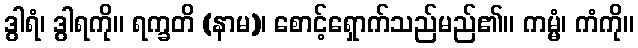
ဒွါရံ၊ ဒွါရကို။ ရက္ခတိ (နာမ)၊ စောင့်ရှောက်သည်မည်၏။ ကမ္မံ၊ ကံကို။